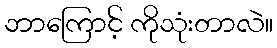
ဘာကြောင့် ကိုသုံးတာလဲ။